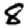
Digit: 8